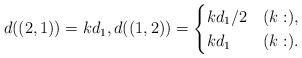
LaTeX: \begin{align*}d((2,1))=kd_1,d((1,2))=\begin{cases}kd_1/2& (k: ),\\kd_1&(k: ).\end{cases}\end{align*}